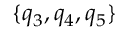
\{ q _ { 3 } , q _ { 4 } , q _ { 5 } \}